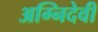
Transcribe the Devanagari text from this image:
अग्निदेवी